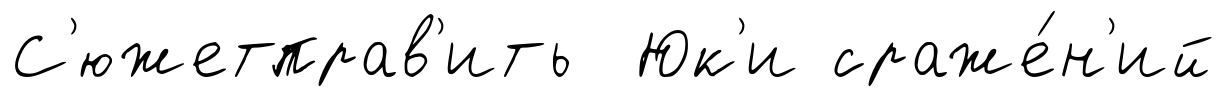
С'южетправ'ить Юк'и сраже́н'ий